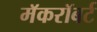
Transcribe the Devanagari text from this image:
मॅकरॉबर्ट